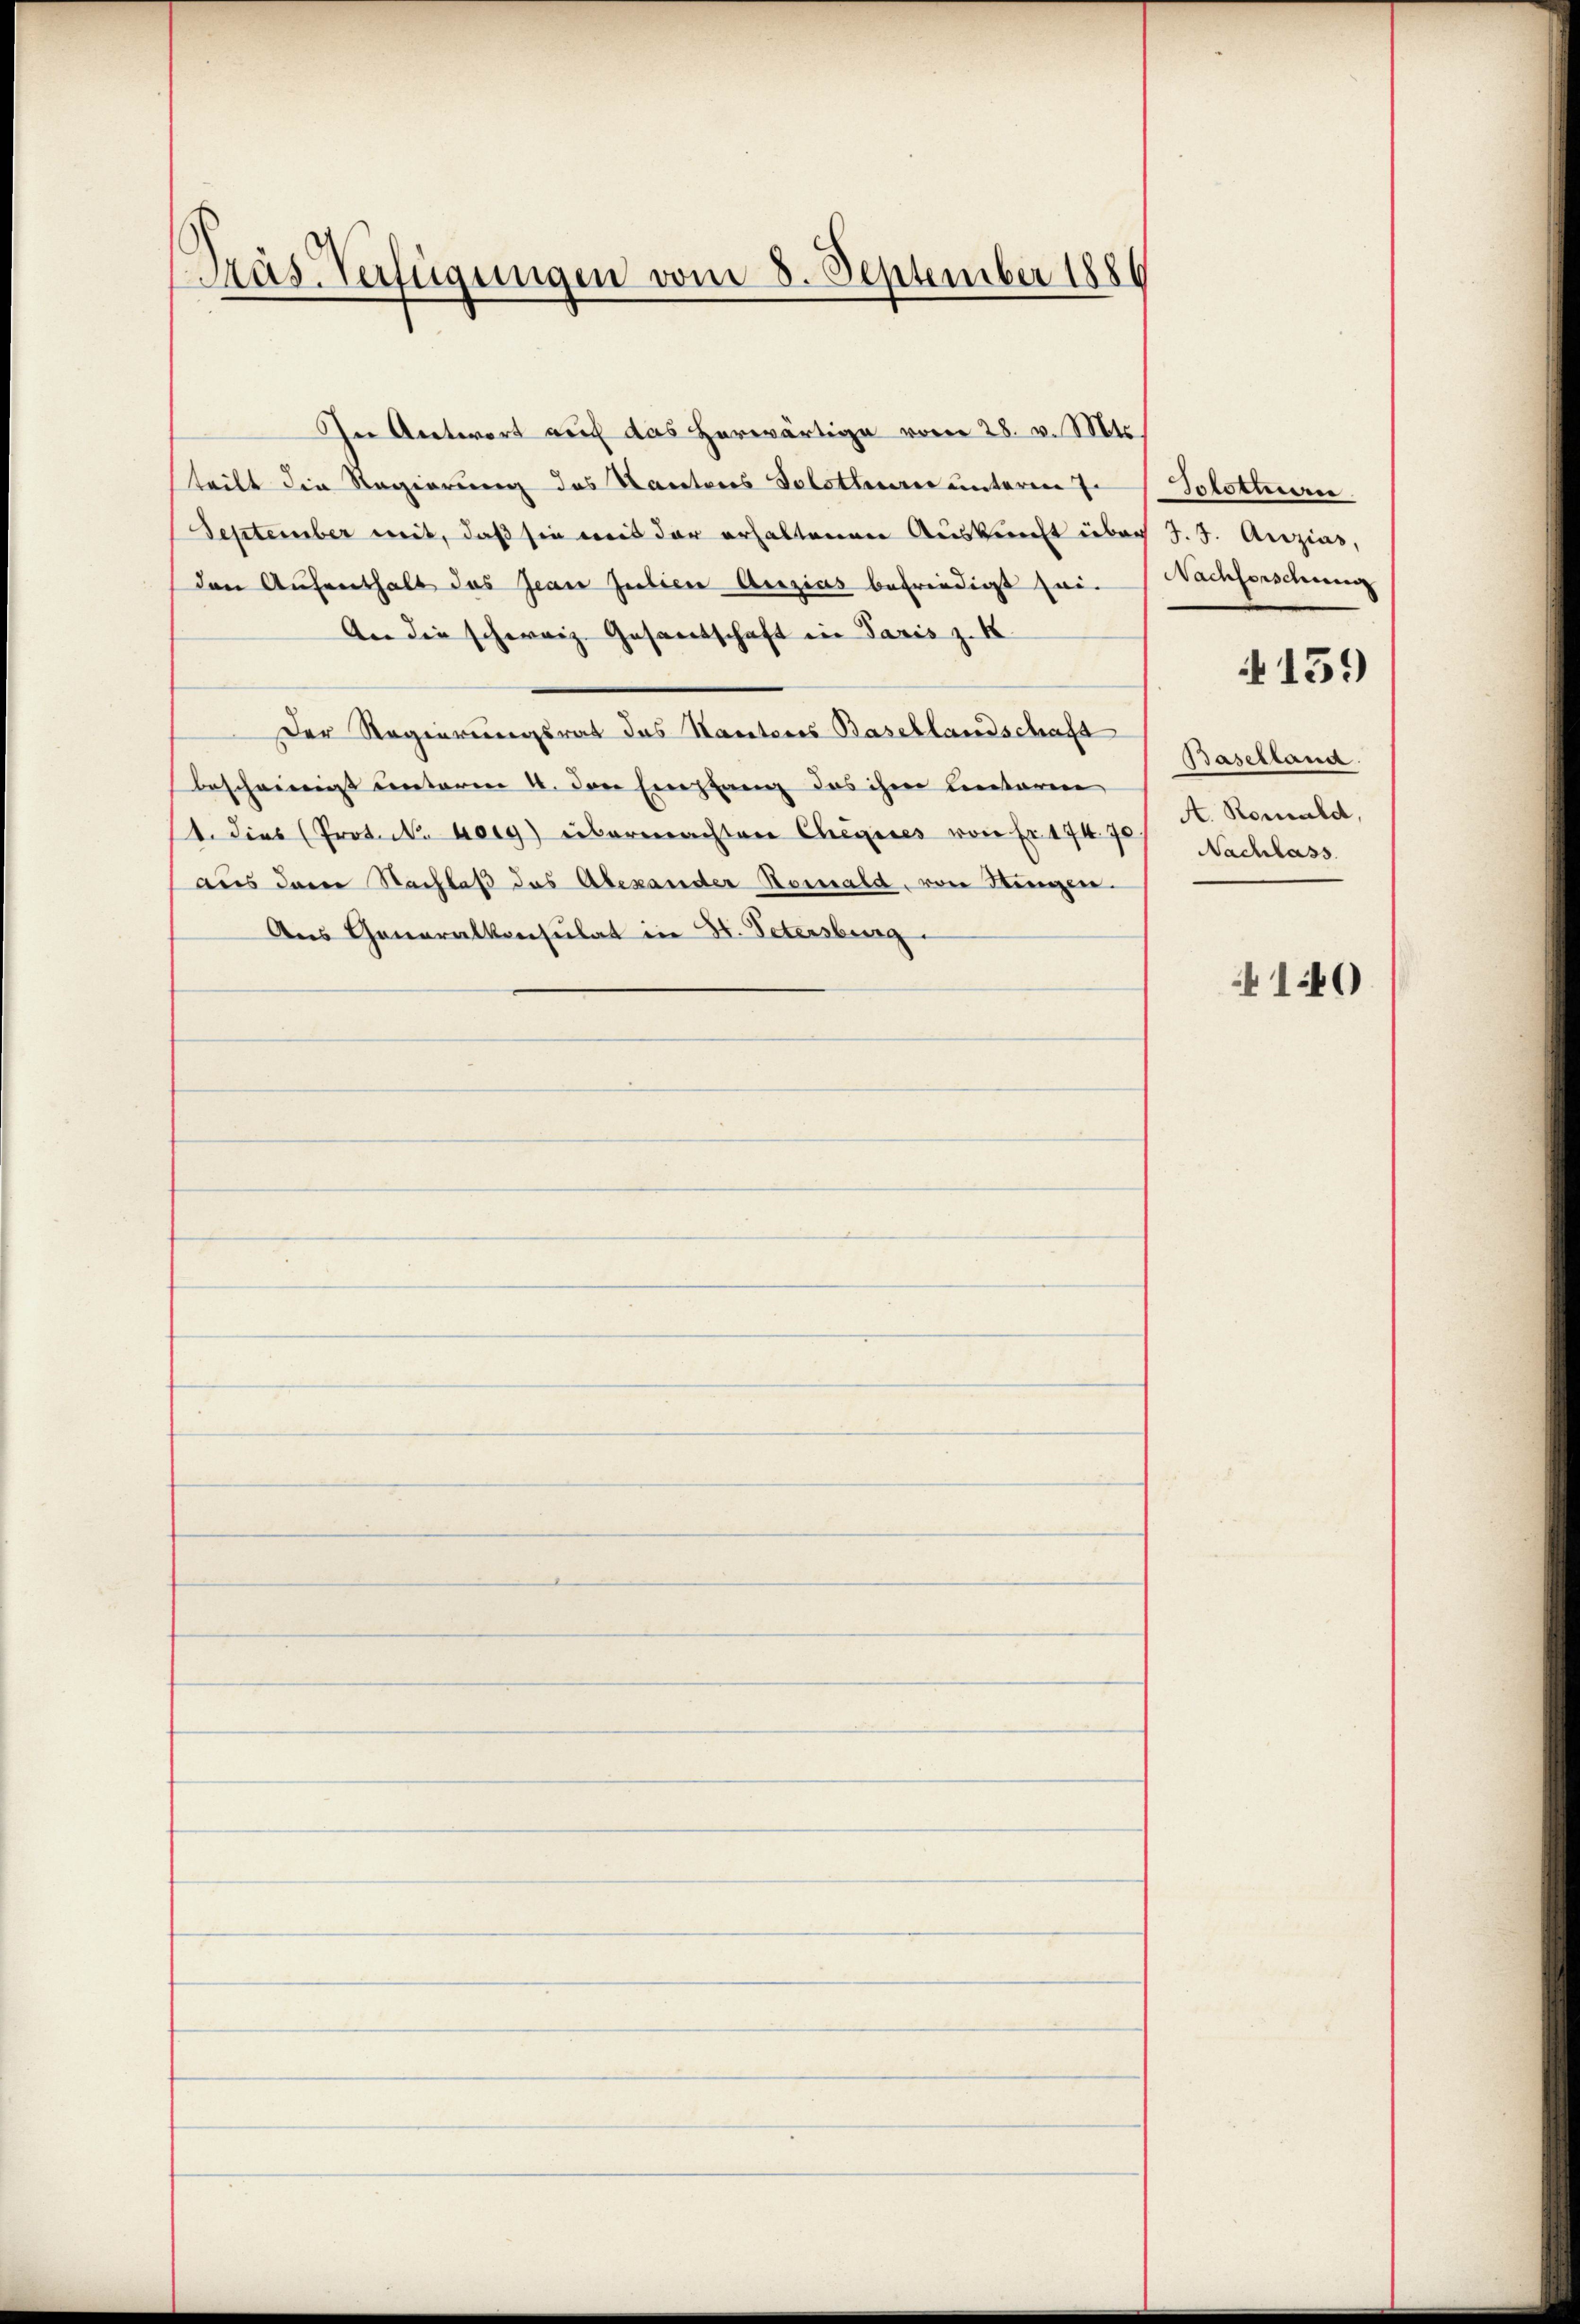
Präs. Verfügungen vom 8. September 1886

In Antwort auf das herwärtige vom 28. v. Mts.
teilt die Regierung des Kantons Solothurn unterente Solotterie
September weit, daß sie weis der erhaltenen Auskunft über J. J. Anzias,
den Aufenthalt das Jean Julien Anzius befriedigt sei¬
An die schweiz. Gesandschaft in Paris z. K.
Der Regierungsrat das Kantons Basellandschaft
bescheinigt unterm 4. den Empfang des ihm unterm
1. Dies (Prot. d. herg) übermachten Chegeres von Er 174. 70
aus dem Nachlaß das Abexander Romald, von Singen.
Aus Generalkonsulat in Hr. Petersburg

Nachforschung
Baselland.
A. Romald,
Nachlass

A 159

140